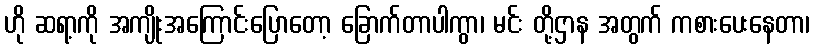
ဟို ဆရာ့ကို အကျိုးအကြောင်းပြောတော့ ခြောက်တာပါကွာ၊ မင်း တို့ဌာန အတွက် ကစားပေးနေတာ၊